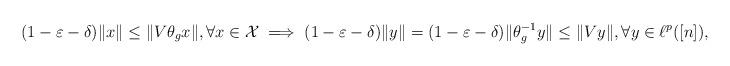
LaTeX: \begin{align*}(1-\varepsilon-\delta) \|x\|\leq \|V\theta_gx\|, \forall x \in \mathcal{X} \implies (1-\varepsilon-\delta) \|y\|=(1-\varepsilon-\delta) \|\theta_g^{-1}y\|\leq \|Vy\|, \forall y \in \ell^p([n]),\end{align*}